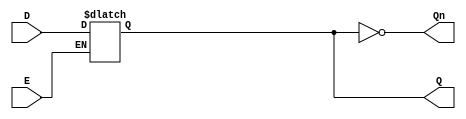
module LatchRegister (
    input wire D,      // Data Input
    input wire E,      // Enable Signal
    output reg Q,      // Output Q
    output wire Qn     // Complement of Q
);

// Complement of Q
assign Qn = ~Q;

// Always block to implement the latch behavior
always @(*) begin
    if (E) begin
        Q = D;  // Capture the input data when enable is high
    end
    // If E is low, Q retains its previous value (latch behavior)
end

endmodule